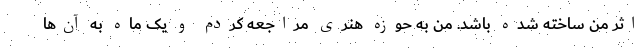
اثر من ساخته شده باشد. من به حوزه هنری مراجعه کردم و یک ماه به آن‌ها